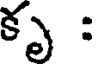
కృ :